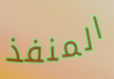
المنفذ